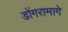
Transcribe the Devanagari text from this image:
डोंगरामागे